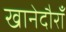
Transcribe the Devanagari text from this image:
खानेदौराँ